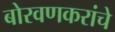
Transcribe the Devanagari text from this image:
बोरवणकरांचे